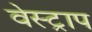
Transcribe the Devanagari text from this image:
वेस्ट्राप